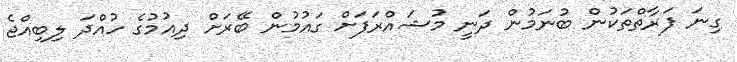
ގިނަ ފަރާތްތަކުން ބުނަމުން ދަނީ މުޝައްރަފަށް ގައުމުން ބޭރަށް ދިއުމުގެ ހުއްދަ ލިބިއްޖެ